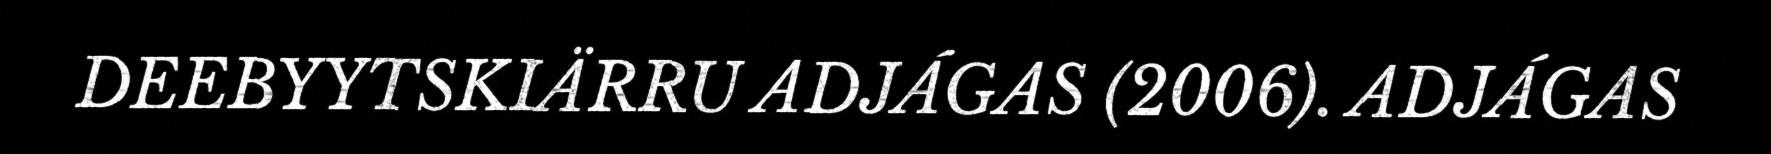
DEEBYYTSKIÄRRU ADJÁGAS (2006). ADJÁGAS